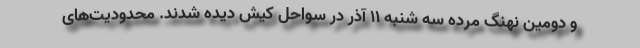
و دومین نهنگ مرده سه شنبه ١١ آذر در سواحل کیش دیده شدند. محدودیت‌های